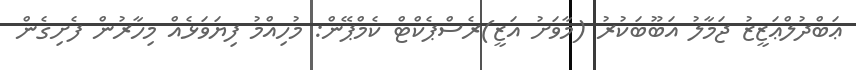
ޢަބްދުލްޢަޒީޒު ޖަމާލު އަބޫބަކުރު (މާވަށު އަޒީ)ރެސްޕެކްޓް ކެމްޕޭން: މުހިއްމު ފިޔަވަޅެއް މިހާރުން ފެށިގެން